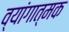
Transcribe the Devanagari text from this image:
व्यांगात्मक